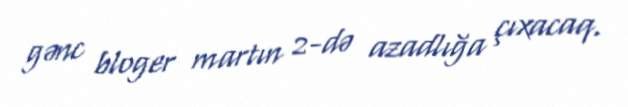
gənc bloger martın 2-də azadlığa çıxacaq.